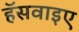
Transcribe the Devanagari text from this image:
हॅसवाइए